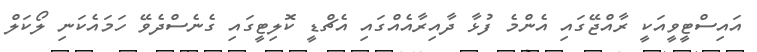
އައިސްޓީވީއަކީ ރާއްޖޭގައި އެންމެ ފުޅާ ދާއިރާއެއްގައި އެޗްޑީ ކޮލިޓީގައި ގެނެސްދެވޭ ހަމައެކަނި ލޯކަލް